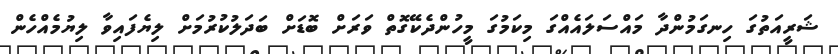
ޝަރީއަތުގަ ހިނގަމުންދާ މައްސަލައެއްގަ މިކަމުގަ މީހުންދެކޭގޮތް ވަރަށް ބޮޑަށް ބަދަލުކުރުމަށް ލިޔެފައިވާ ލިޔުމެއްހެން